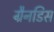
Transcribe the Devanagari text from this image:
ग्रैनडिस